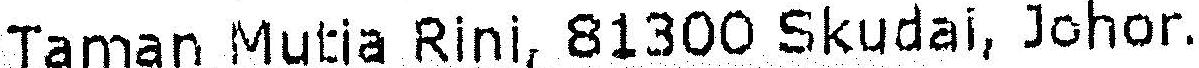
TAMAN MUTIA RINI, 81300 SKUDAI, JOHOR.